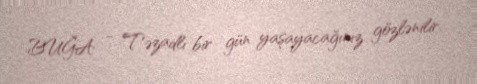
BUĞA - Təzadlı bir gün yaşayacağınız gözlənilir.